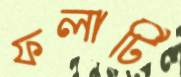
ফলাটি